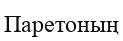
Паретоның